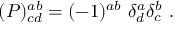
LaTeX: ( { \cal P } ) _ { c d } ^ { a b } = ( - 1 ) ^ { a b } \ \delta _ { d } ^ { a } \delta _ { c } ^ { b } \ .